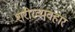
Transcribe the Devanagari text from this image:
शरीरव्यवहार